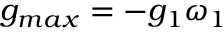
g _ { m a x } = - g _ { 1 } \omega _ { 1 }